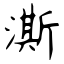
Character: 澌